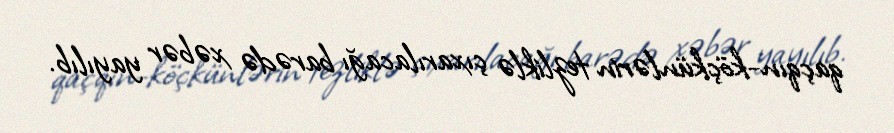
qaçqın-köçkünlərin tezliklə çıxarılacağı barədə xəbər yayılıb.